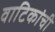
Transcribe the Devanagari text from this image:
वाटिकांची